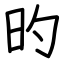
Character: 旳